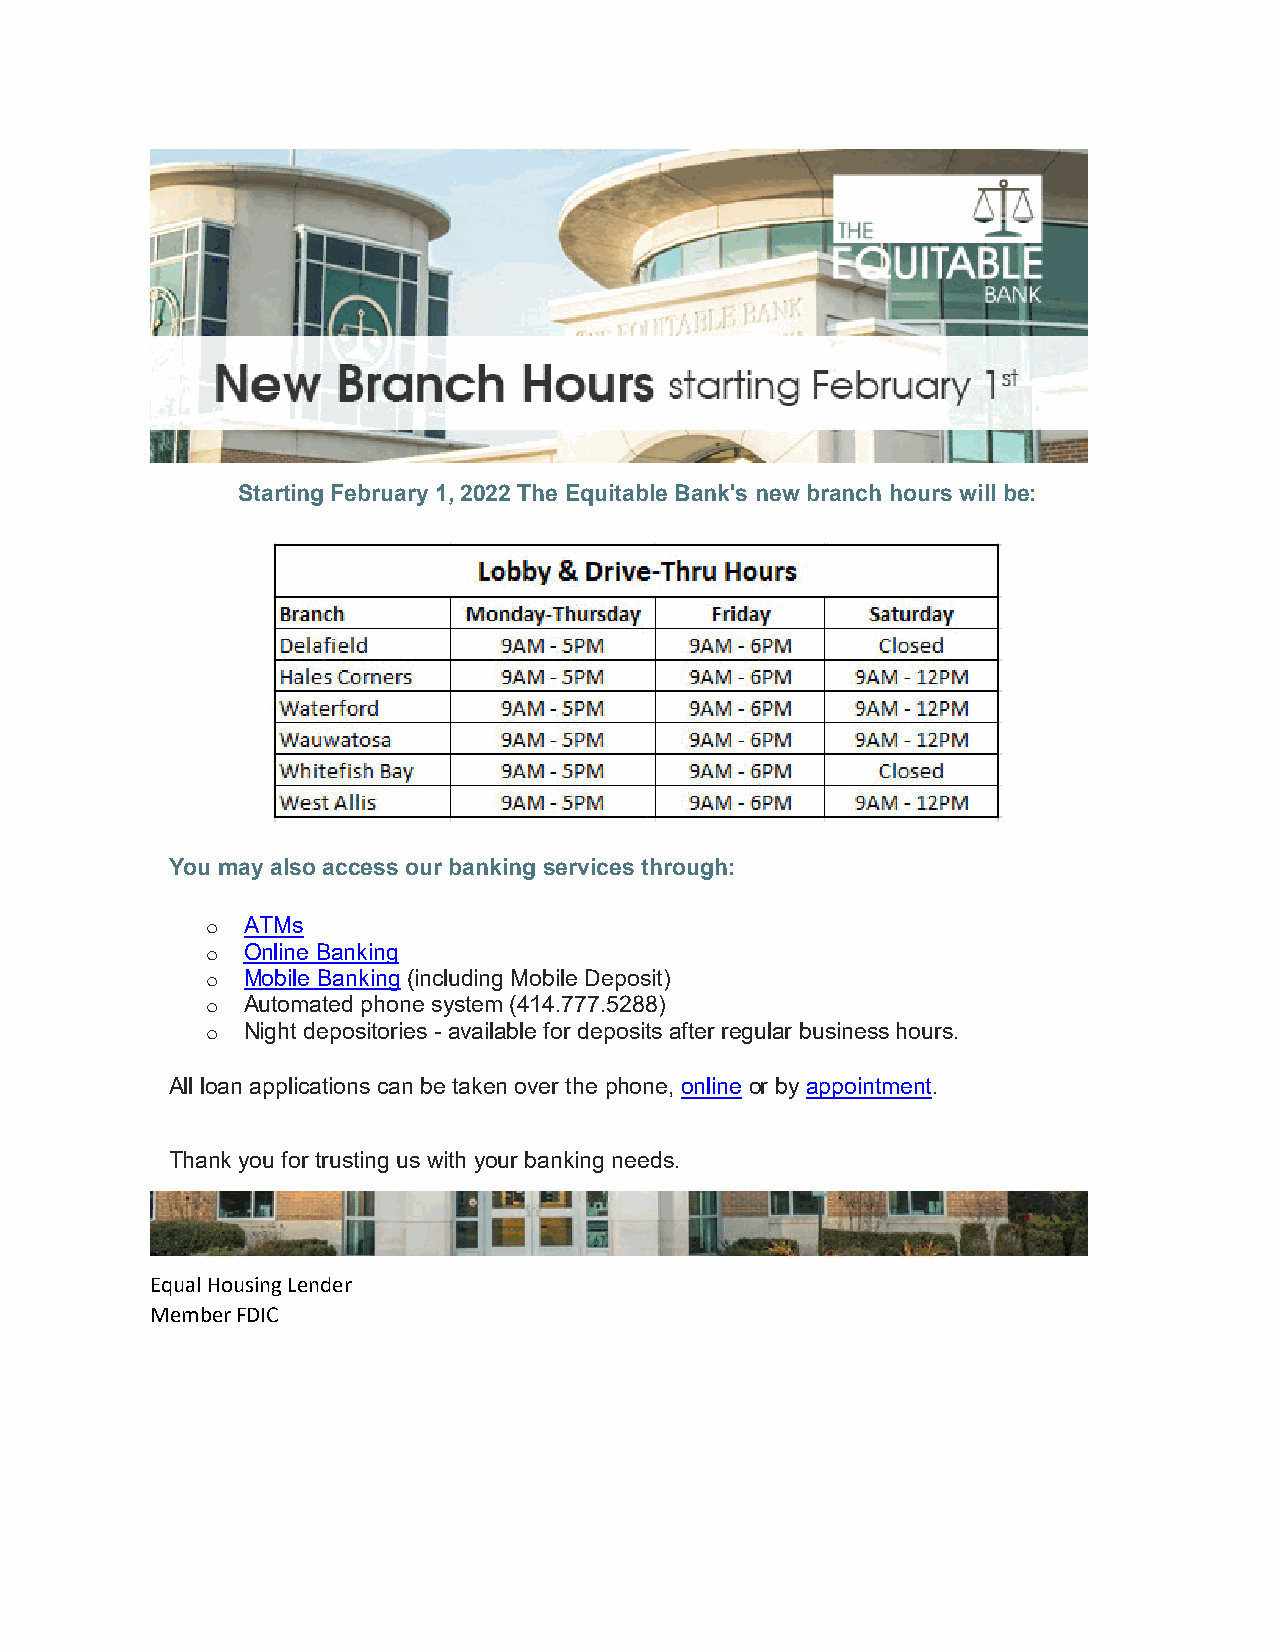
Starting February 1, 2022 The Equitable Bank's new branch hours will be:
 You may also access our banking services through:
 ATMs
 o
 Online Banking
 o
 Mobile Banking (including Mobile Deposit)
 o
 Automated phone system (414.777.5288)
 o
 Night depositories - available for deposits after regular business hours.
 o
 All loan applications can be taken over the phone, online or by appointment.
 Thank you for trusting us with your banking needs.
 Equal Housing Lender
 Member FDIC